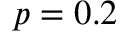
p = 0 . 2